Vaccine operations Central Provinces 1868-1885 - 1868-1885
Year: 1868
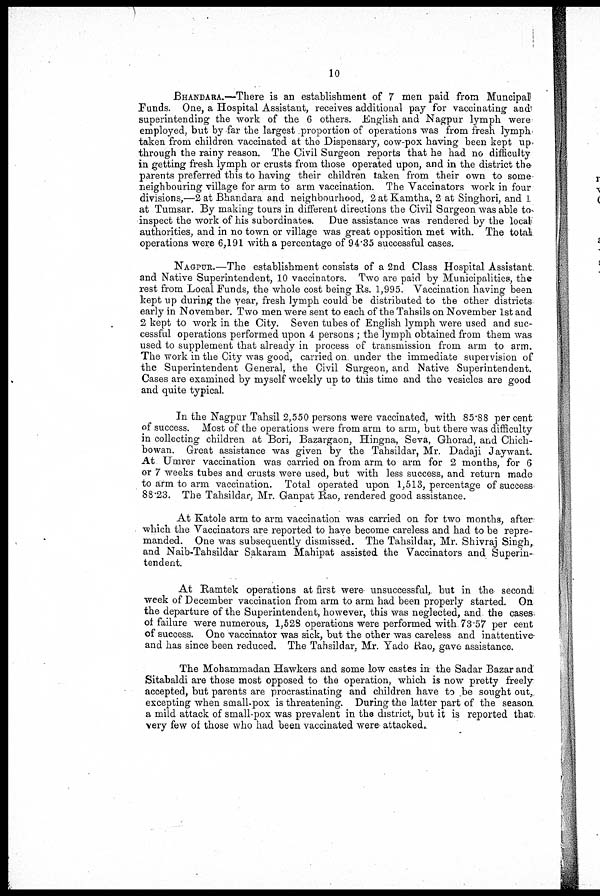
10
BHANDARA.—There is an establishment of 7 men paid from Muncipal
Funds. One, a Hospital Assistant, receives additional pay for vaccinating and
superintending the work of the 6 others. English and Nagpur lymph were
employed, but by far the largest proportion of operations was from fresh lymph
taken from children vaccinated at the Dispensary, cow-pox having been kept up
through the rainy reason. The Civil Surgeon reports that he had no difficulty
in getting fresh lymph or crusts from those operated upon, and in the district the
parents preferred this to having their children taken from their own to some
neighbouring village for arm to arm vaccination. The Vaccinators work in four
divisions,—2 at Bhandara and neighbourhood, 2 at Kamtha, 2 at Singhori, and 1
at Tumsar. By making tours in different directions the Civil Surgeon was able to
inspect the work of his subordinates. Due assistance was rendered by the local
authorities, and in no town or village was great opposition met with. The total
operations were 6,191 with a percentage of 94.35 successful cases.
NAGPUR.—The establishment consists of a 2nd Class Hospital Assistant
and Native Superintendent, 10 vaccinators. Two are paid by Municipalities, the
rest from Local Funds, the whole cost being Rs. 1,995. Vaccination having been
kept up during the year, fresh lymph could be distributed to the other districts
early in November. Two men were sent to each of the Tahsils on November 1st and
2 kept to work in the City. Seven tubes of English lymph were used and suc-
cessful operations performed upon 4 persons ; the lymph obtained from them was
used to supplement that already in process of transmission from arm to arm.
The work in the City was good, carried on under the immediate supervision of
the Superintendent General, the Civil Surgeon, and Native Superintendent.
Cases are examined by myself weekly up to this time and the vesicles are good
and quite typical.
In the Nagpur Tahsil 2,550 persons were vaccinated, with 85.88 per cent
of success. Most of the operations were from arm to arm, but there was difficulty
in collecting children at Bori, Bazargaon, Hingna, Seva, Ghorad, and Chich¬
bowan. Great assistance was given by the Tahsildar, Mr. Dadaji Jaywant.
At Umrer vaccination was carried on from arm to arm for 2 months, for 6
or 7 weeks tubes and crusts were used, but with less success, and return made
to arm to arm vaccination. Total operated upon 1,513, percentage of success
88.23. The Tahsildar, Mr. Ganpat Rao, rendered good assistance.
At Katole arm to arm vaccination was carried on for two months, after
which the Vaccinators are reported to have become careless and had to be repre-
manded. One was subsequently dismissed. The Tahsildar, Mr. Shivraj Singh,
and Naib-Tahsildar Sakaram Mahipat assisted the Vaccinators and Superin-
tendent.
At Ramtek operations at first were unsuccessful, but in the second
week of December vaccination from arm to arm had been properly started. On
the departure of the Superintendent, however, this was neglected, and the cases
of failure were numerous, 1,528 operations were performed with 73.57 per cent
of success. One vaccinator was sick, but the other was careless and inattentive
and has since been reduced. The Tahsildar, Mr. Yado Rao, gave assistance.
The Mohammadan Hawkers and some low castes in the Sadar Bazar and
Sitabaldi are those most opposed to the operation, which is now pretty freely
accepted, but parents are procrastinating and children have to be sought out,
excepting when small-pox is threatening. During the latter part of the season
a mild attack of small-pox was prevalent in the district, but it is reported that
very few of those who had been vaccinated were attacked.